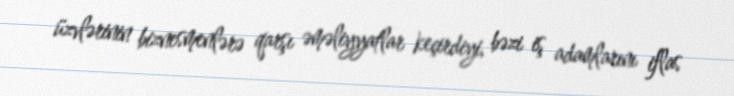
üzvlərinin biznesmenlərə qarşı əməliyyatlar keçirdiyi, bəzi iş adamlarını iflas